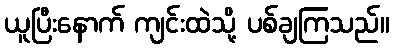
ယူပြီးနောက် ကျင်းထဲသို့ ပစ်ချကြသည်။